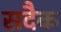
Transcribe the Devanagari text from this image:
सदैक